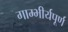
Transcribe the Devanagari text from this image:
गाम्भीर्यपूर्ण